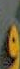
و